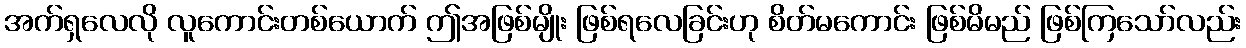
အက်ရှလေလို လူကောင်းတစ်ယောက် ဤအဖြစ်မျိုး ဖြစ်ရလေခြင်းဟု စိတ်မကောင်း ဖြစ်မိမည် ဖြစ်ကြသော်လည်း